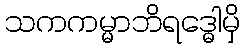
သကကမ္မာဘိရဒ္ဓေါမှိ